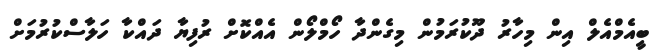
ބީއެމްއެލް އިން މިހާރު ދޫކުރަމުން މިގެންދާ ހޯމްލޯން އެއްކޮށް ރުފިޔާ ދައްކާ ހަލާސްކުރުމަށް